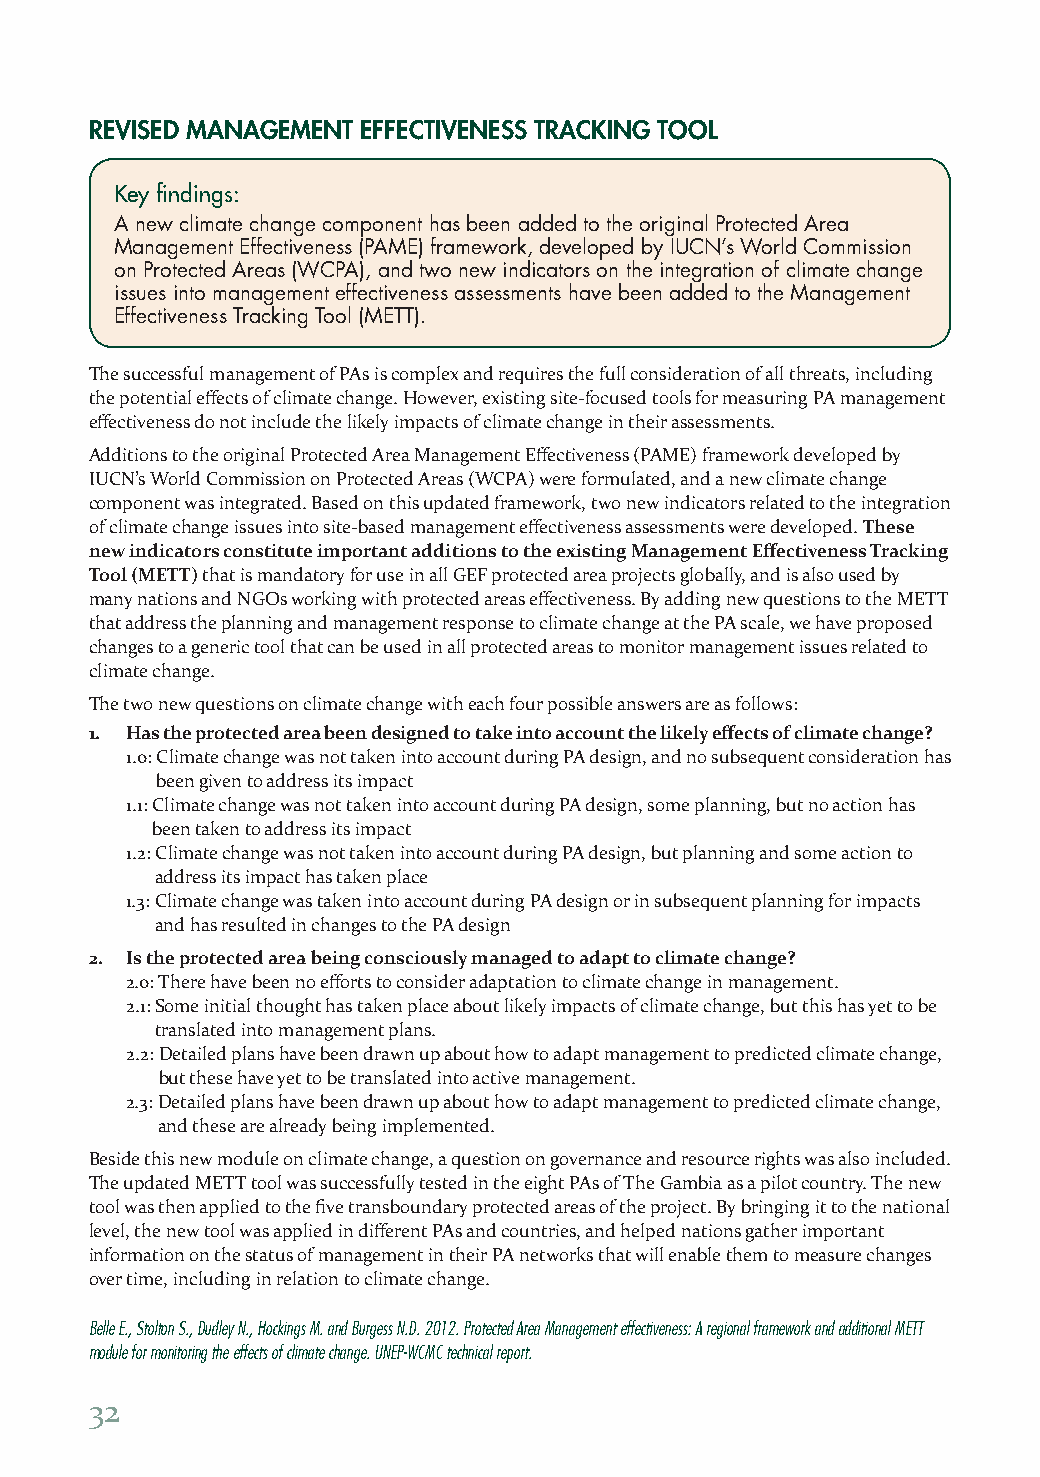
REVISED MANAGEMENT EFFECTIVENESS TRACKING TOOL
 Key findings:
 A new climate change component has been added to the original Protected Area
 Management Effectiveness (PAME) framework, developed by IUCN’s World Commission
 on Protected Areas (WCPA), and two new indicators on the integration of climate change
 issues into management effectiveness assessments have been added to the Management
 Effectiveness Tracking Tool (METT).
 The successful management of PAs is complex and requires the full consideration of all threats, including
 the potential effects of climate change. However, existing site-focused tools for measuring PA management
 effectiveness do not include the likely impacts of climate change in their assessments.
 Additions to the original Protected Area Management Effectiveness (PAME) framework developed by
 IUCN’s World Commission on Protected Areas (WCPA) were formulated, and a new climate change
 component was integrated. Based on this updated framework, two new indicators related to the integration
 of climate change issues into site-based management effectiveness assessments were developed. These
 new indicators constitute important additions to the existing Management Effectiveness Tracking
 Tool (METT) that is mandatory for use in all GEF protected area projects globally, and is also used by
 many nations and NGOs working with protected areas effectiveness. By adding new questions to the METT
 that address the planning and management response to climate change at the PA scale, we have proposed
 changes to a generic tool that can be used in all protected areas to monitor management issues related to
 climate change.
 The two new questions on climate change with each four possible answers are as follows:
 1. Has the protected area been designed to take into account the likely effects of climate change?
 1.0: Climate change was not taken into account during PA design, and no subsequent consideration has
 been given to address its impact
 1.1: Climate change was not taken into account during PA design, some planning, but no action has
 been taken to address its impact
 1.2: Climate change was not taken into account during PA design, but planning and some action to
 address its impact has taken place
 1.3: Climate change was taken into account during PA design or in subsequent planning for impacts
 and has resulted in changes to the PA design
 2. Is the protected area being consciously managed to adapt to climate change?
 2.0: There have been no efforts to consider adaptation to climate change in management.
 2.1: Some initial thought has taken place about likely impacts of climate change, but this has yet to be
 translated into management plans.
 2.2: Detailed plans have been drawn up about how to adapt management to predicted climate change,
 but these have yet to be translated into active management.
 2.3: Detailed plans have been drawn up about how to adapt management to predicted climate change,
 and these are already being implemented.
 Beside this new module on climate change, a question on governance and resource rights was also included.
 The updated METT tool was successfully tested in the eight PAs of The Gambia as a pilot country. The new
 tool was then applied to the five transboundary protected areas of the project. By bringing it to the national
 level, the new tool was applied in different PAs and countries, and helped nations gather important
 information on the status of management in their PA networks that will enable them to measure changes
 over time, including in relation to climate change.
 Belle E., Stolton S., Dudley N., Hockings M. and Burgess N.D. 2012. Protected Area Management effectiveness: A regional framework and additional METT
 module for monitoring the effects of climate change. UNEP-WCMC technical report.
 32